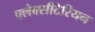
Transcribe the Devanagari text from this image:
फ्लेक्सीटेरियन